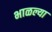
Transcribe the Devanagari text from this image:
भाळल्या